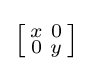
\left[{\begin{smallmatrix}x&0\\0&y\end{smallmatrix}}\right]